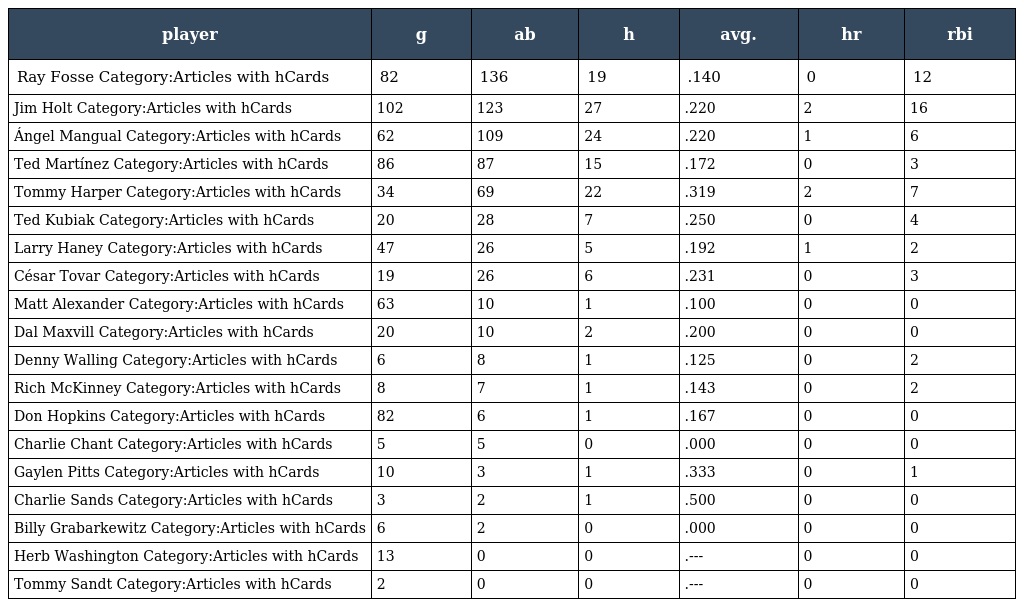
| player | g | ab | h | avg. | hr | rbi |
 | --- | --- | --- | --- | --- | --- | --- |
 | Ray Fosse Category:Articles with hCards | 82 | 136 | 19 | .140 | 0 | 12 |
 | Jim Holt Category:Articles with hCards | 102 | 123 | 27 | .220 | 2 | 16 |
 | Ángel Mangual Category:Articles with hCards | 62 | 109 | 24 | .220 | 1 | 6 |
 | Ted Martínez Category:Articles with hCards | 86 | 87 | 15 | .172 | 0 | 3 |
 | Tommy Harper Category:Articles with hCards | 34 | 69 | 22 | .319 | 2 | 7 |
 | Ted Kubiak Category:Articles with hCards | 20 | 28 | 7 | .250 | 0 | 4 |
 | Larry Haney Category:Articles with hCards | 47 | 26 | 5 | .192 | 1 | 2 |
 | César Tovar Category:Articles with hCards | 19 | 26 | 6 | .231 | 0 | 3 |
 | Matt Alexander Category:Articles with hCards | 63 | 10 | 1 | .100 | 0 | 0 |
 | Dal Maxvill Category:Articles with hCards | 20 | 10 | 2 | .200 | 0 | 0 |
 | Denny Walling Category:Articles with hCards | 6 | 8 | 1 | .125 | 0 | 2 |
 | Rich McKinney Category:Articles with hCards | 8 | 7 | 1 | .143 | 0 | 2 |
 | Don Hopkins Category:Articles with hCards | 82 | 6 | 1 | .167 | 0 | 0 |
 | Charlie Chant Category:Articles with hCards | 5 | 5 | 0 | .000 | 0 | 0 |
 | Gaylen Pitts Category:Articles with hCards | 10 | 3 | 1 | .333 | 0 | 1 |
 | Charlie Sands Category:Articles with hCards | 3 | 2 | 1 | .500 | 0 | 0 |
 | Billy Grabarkewitz Category:Articles with hCards | 6 | 2 | 0 | .000 | 0 | 0 |
 | Herb Washington Category:Articles with hCards | 13 | 0 | 0 | .--- | 0 | 0 |
 | Tommy Sandt Category:Articles with hCards | 2 | 0 | 0 | .--- | 0 | 0 |